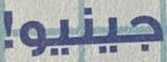
جينيو!